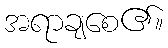
အရာချစေ၏။